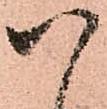
八